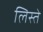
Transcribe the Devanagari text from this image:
लिस्ते